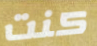
كنت